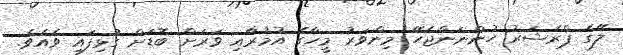
ލޭގެ ޕްރެޝަރު ހުންނަންޖެހޭ މިންވަރު މީހާގެ އުމުރާއި ވަރަށް ބޮޑަށް ގުޅިފައި ވެއެވެ.